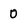
Character: 0